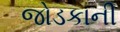
જોડકાની